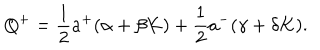
Q ^ { + } = \frac { 1 } { 2 } a ^ { + } ( \alpha + \beta K ) + \frac { 1 } { 2 } a ^ { - } ( \gamma + \delta K ) .